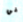
في